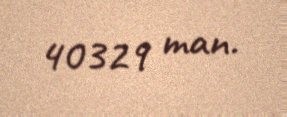
40329 man.